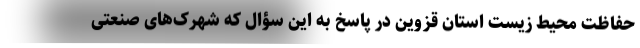
حفاظت محیط‌ زیست استان قزوین در پاسخ به این سؤال که شهرک‌های صنعتی